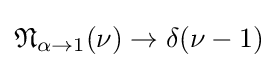
{\mathfrak {N}}_{\alpha \to 1}(\nu )\to \delta (\nu -1)